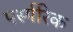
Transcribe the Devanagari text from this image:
पर्स्परिक